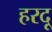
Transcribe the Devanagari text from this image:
हरदू